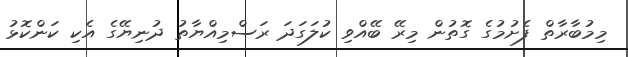
މިމުބާރާތް ފެށުމުގެ ގޮތުން މިރޭ ބޭއްވި ކުލަގަދަ ރަސްމިއްޔާތު ދުނިޔޭގެ އެކި ކަންކޮޅު